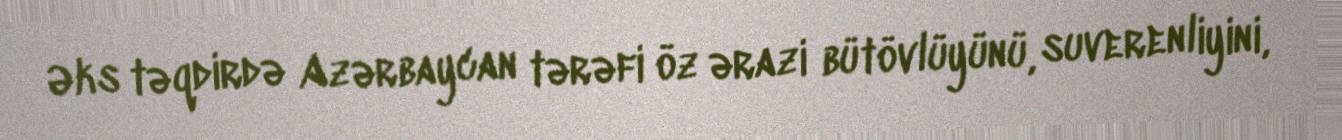
Əks təqdirdə Azərbaycan tərəfi öz ərazi bütövlüyünü, suverenliyini,